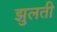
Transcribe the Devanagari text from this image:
झुलती